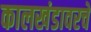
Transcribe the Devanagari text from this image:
कालखंडावरचे